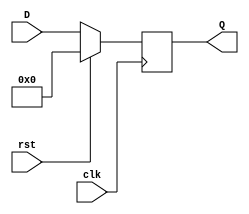
`timescale 1ns / 1ps
//////////////////////////////////////////////////////////////////////////////////
// Company: 
// Engineer: 
// 
// Design Name: 
// Module Name: n_bit_register
// Project Name: 
// Target Devices: 
// Tool Versions: 
// Description: 
// 
// Dependencies: 
// 
// Revision:
// Revision 0.01 - File Created
// Additional Comments:
// 
//////////////////////////////////////////////////////////////////////////////////


module n_bit_register#(parameter N=6) (
  input clk,
  input [N-1:0] D,
  input rst,
  output [N-1:0] Q
);
  reg [N-1:0] data;
  always @(posedge clk) begin
    if (rst) begin
      data<=0; 
    end else begin
      data<=D;  
    end
  end
  assign Q=data;  
endmodule